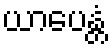
ယာပေန္တံ